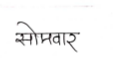
मजकूर: सोमवार